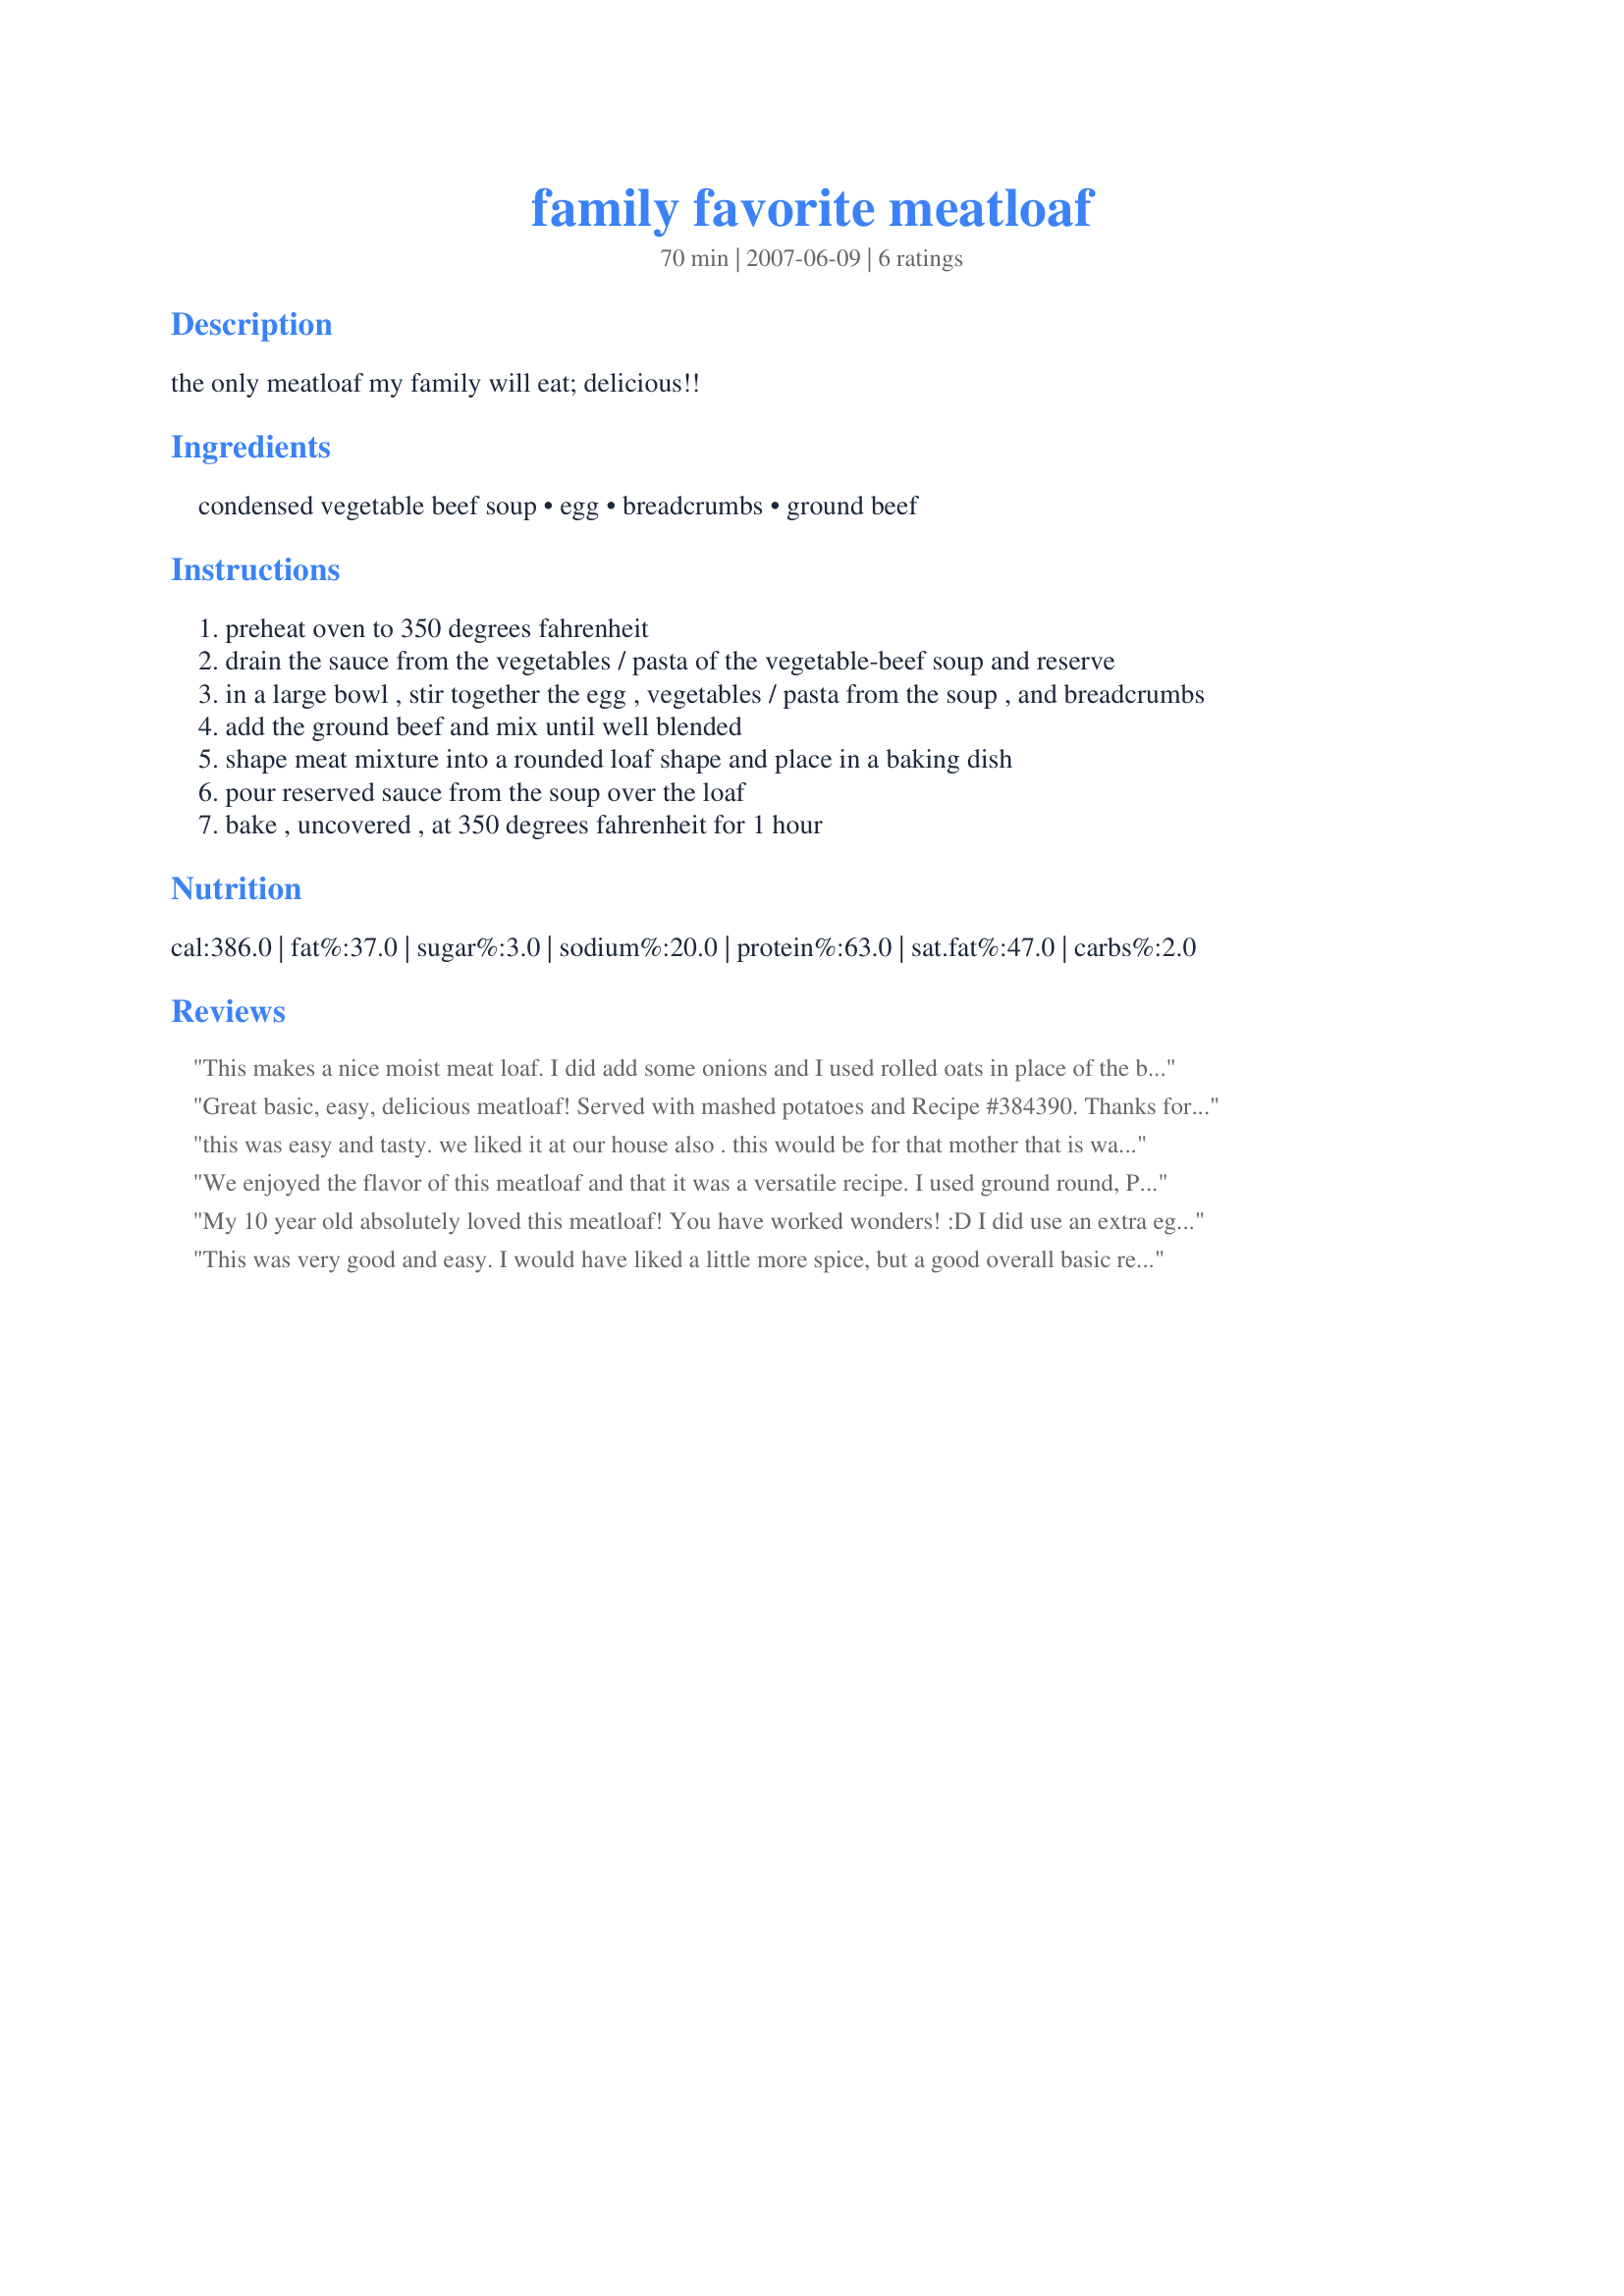
family favorite meatloaf
Preparation time: 70 minutes

the only meatloaf my family will eat; delicious!!

Ingredients:
condensed vegetable beef soup, egg, breadcrumbs, ground beef

Steps:
preheat oven to 350 degrees fahrenheit
drain the sauce from the vegetables / pasta of the vegetable-beef soup and reserve
in a large bowl , stir together the egg , vegetables / pasta from the soup , and breadcrumbs
add the ground beef and mix until well blended
shape meat mixture into a rounded loaf shape and place in a baking dish
pour reserved sauce from the soup over the loaf
bake , uncovered , at 350 degrees fahrenheit for 1 hour

Reviews:
This makes a nice moist meat loaf. I did add some onions and I used rolled oats in place of the bread crumbs (which is what I always use)
Great basic, easy, delicious meatloaf! Served with mashed potatoes and Recipe #384390. Thanks for sharing a keeper loof! Made for 1-2-3 Hits Tag Game.
this was easy and tasty. we liked it at our house also . this would be for that mother that is wanting something quick
We enjoyed the flavor of this meatloaf and that it was a versatile recipe. I used ground round, Panko, and since DH likes a lot of sauce a small jar of mushroom beef gravy for the top. Next time I think I would add some finely chopped onion and garlic along with the vegetables from the soup. Made and reviewed for the Australian/NewZealand Forums Recipe Swap #73.
My 10 year old absolutely loved this meatloaf! You have worked wonders! :D I did use an extra egg, and I processed 2 slices of multigrain bread for the breadcrumbs. Apart from that, I made as directed, and it was a definate kid pleaser. And it was easy and economical! Thanks for sharing! [Made for PRMR]
This was very good and easy. I would have liked a little more spice, but a good overall basic recipe. I would have never thought about putting soup in meatloaf. The only problem I had, was that my soupo didn't have any liquid on top. So I just topped it with BBQ sauce.
